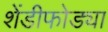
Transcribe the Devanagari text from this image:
शेंडीफोड्या